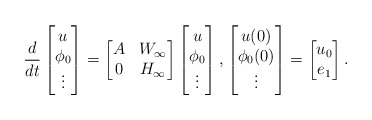
\begin{align*}\frac{d}{dt}\begin{bmatrix}u\\\phi_0\\\vdots\end{bmatrix}=\begin{bmatrix}A &W_\infty\\0 & H_\infty\end{bmatrix}\begin{bmatrix}u\\\phi_0\\\vdots\end{bmatrix}, \begin{bmatrix}u(0)\\\phi_0(0)\\\vdots\end{bmatrix} =\begin{bmatrix} u_0 \\ e_1 \end{bmatrix}.\end{align*}